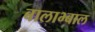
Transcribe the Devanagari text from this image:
बालाभ्बाल